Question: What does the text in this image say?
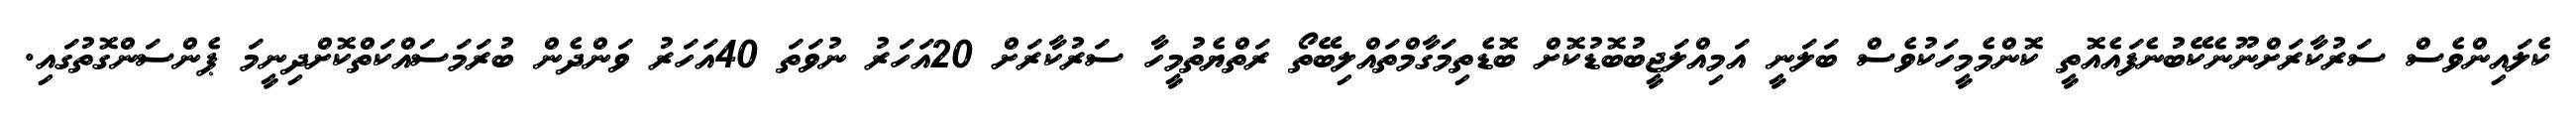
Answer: ކެލައިންވެސް ސަރުކާރަށްނޫނެކޭބުނެފައެއޮތީ ކޮންމެމީހަކުވެސް ބަލަނީ އަމިއްލަޖީބުބޮޑުކޮށް ބޮޑެތިމަގާމްތައްލިބޭތޯ ރަތްޔެތުމީހާ ސަރުކާރަށް 20އަހަރު ނުވަތަ 40އަހަރު ވަންދެން ބުރަމަސައްކަތްކޮށްދިނީމަ ޕެންސަންގޮތުގައި.